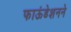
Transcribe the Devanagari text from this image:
फाऊंडेशनने